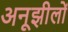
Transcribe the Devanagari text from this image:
अनूझीलों